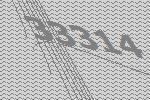
33314